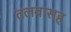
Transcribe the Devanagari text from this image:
तलवासह